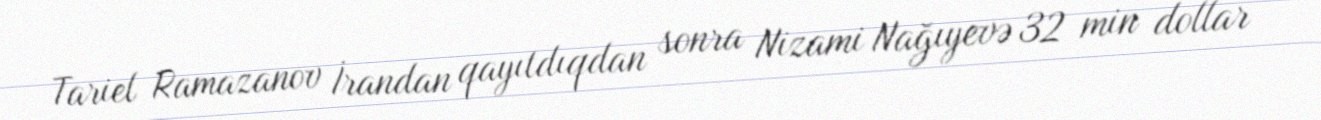
Tariel Ramazanov İrandan qayıtdıqdan sonra Nizami Nağıyevə 32 min dollar